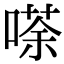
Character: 𠻬